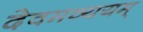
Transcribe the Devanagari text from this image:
देवमव्ययम्